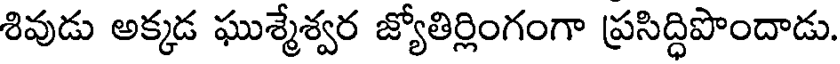
శివుడు అక్కడ ఘుశ్మేశ్వర జ్యోతిర్లింగంగా ప్రసిద్ధిపొందాడు.